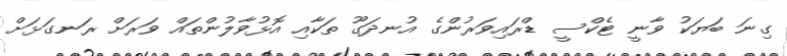
ގިނަ ބަޔަކު ވާނީ ޓެކްސީ ޑްރައިވަރުންގެ އުނދަގޫ ތަކާއި އޮޅުވާލުންތައް ވަރަށް ރަނގަޅަށް